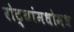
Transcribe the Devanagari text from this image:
रोट्यांमधोमध